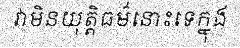
វាមិនយុត្តិធម៌នោះទេក្នុង